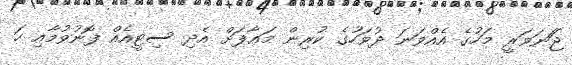
ޖަަނަވަރީ މަހުގެ އެއްވަނަ ދުވަހުގެ ކުރިން މަޢާފަށް އެދި ސިޓީއެއް ފޮނުވުމާއި ހަ